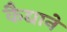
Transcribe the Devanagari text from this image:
कैद्याने